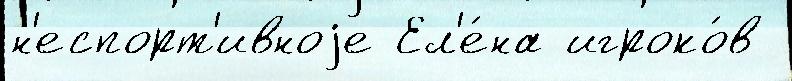
н'еспорт'ивноjе Ел'е́на игроко́в